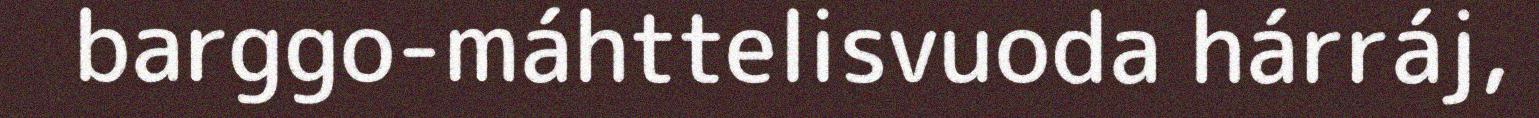
barggo-máhttelisvuoda hárráj,